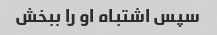
سپس اشتباه او را ببخش